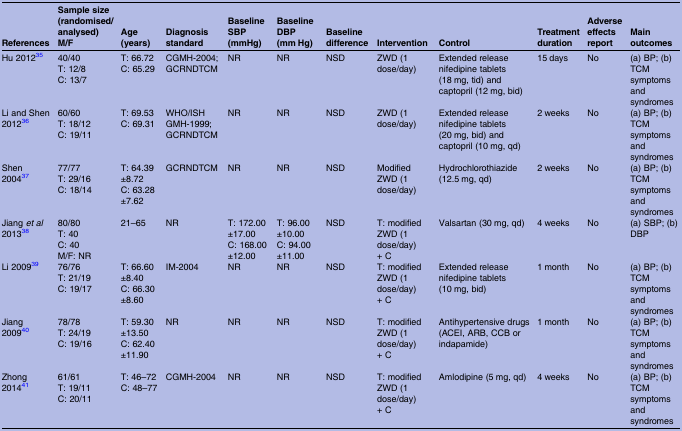
<table><thead><tr><td><b>References</b></td><td><b>Sample size (randomised/ analysed)M/F</b></td><td><b>Age (years)</b></td><td><b>Diagnosis standard</b></td><td><b>Baseline SBP (mmHg)</b></td><td><b>Baseline DBP (mm Hg)</b></td><td><b>Baseline difference</b></td><td><b>Intervention</b></td><td><b>Control</b></td><td><b>Treatment duration</b></td><td><b>Adverse effects report</b></td><td><b>Main outcomes</b></td></tr></thead><tbody><tr><td>Hu 201235</td><td>40/40T: 12/8C: 13/7</td><td>T: 66.72C: 65.29</td><td>CGMH-2004; GCRNDTCM</td><td>NR</td><td>NR</td><td>NSD</td><td>ZWD (1 dose/day)</td><td>Extended release nifedipine tablets (18 mg, tid) and captopril (12 mg, bid)</td><td>15 days</td><td>No</td><td>(a) BP; (b) TCM symptoms and syndromes</td></tr><tr><td>Li and Shen 201236</td><td>60/60T: 18/12C: 19/11</td><td>T: 69.53C: 69.31</td><td>WHO/ISH GMH-1999; GCRNDTCM</td><td>NR</td><td>NR</td><td>NSD</td><td>ZWD (1 dose/day)</td><td>Extended release nifedipine tablets (20 mg, bid) and captopril (10 mg, qd)</td><td>2 weeks</td><td>No</td><td>(a) BP; (b) TCM symptoms and syndromes</td></tr><tr><td>Shen 200437</td><td>77/77T: 29/16C: 18/14</td><td>T: 64.39±8.72C: 63.28±7.62</td><td>GCRNDTCM</td><td>NR</td><td>NR</td><td>NSD</td><td>Modified ZWD (1 dose/day)</td><td>Hydrochlorothiazide (12.5 mg, qd)</td><td>2 weeks</td><td>No</td><td>(a) BP; (b) TCM symptoms and syndromes</td></tr><tr><td>Jiang <i>et al</i> 201338</td><td>80/80T: 40C: 40M/F: NR</td><td>21–65</td><td>NR</td><td>T: 172.00±17.00C: 168.00±12.00</td><td>T: 96.00±10.00C: 94.00±11.00</td><td>NSD</td><td>T: modified ZWD (1 dose/day) + C</td><td>Valsartan (30 mg, qd)</td><td>4 weeks</td><td>No</td><td>(a) SBP; (b) DBP</td></tr><tr><td>Li 200939</td><td>76/76T: 21/19C: 19/17</td><td>T: 66.60±8.40C: 66.30±8.60</td><td>IM-2004</td><td>NR</td><td>NR</td><td>NSD</td><td>T: modified ZWD (1 dose/day) + C</td><td>Extended release nifedipine tablets (10 mg, bid)</td><td>1 month</td><td>No</td><td>(a) BP; (b) TCM symptoms and syndromes</td></tr><tr><td>Jiang 200940</td><td>78/78T: 24/19C: 19/16</td><td>T: 59.30±13.50C: 62.40±11.90</td><td>NR</td><td>NR</td><td>NR</td><td>NSD</td><td>T: modified ZWD (1 dose/day) + C</td><td>Antihypertensive drugs (ACEI, ARB, CCB or indapamide)</td><td>1 month</td><td>No</td><td>(a) BP; (b) TCM symptoms and syndromes</td></tr><tr><td>Zhong 201441</td><td>61/61T: 19/11C: 20/11</td><td>T: 46–72C: 48–77</td><td>CGMH-2004</td><td>NR</td><td>NR</td><td>NSD</td><td>T: modified ZWD (1 dose/day) + C</td><td>Amlodipine (5 mg, qd)</td><td>4 weeks</td><td>No</td><td>(a) BP; (b) TCM symptoms and syndromes</td></tr></tbody></table>